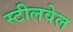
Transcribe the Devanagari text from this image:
स्टीलवेल